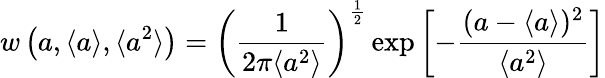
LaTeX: w\left(a,\langle a\rangle,\langle a^{2}\rangle\right)=\left(\frac{1}{2\pi\langle a^{2}\rangle}\right)^{\frac{1}{2}}\exp{\left[-\frac{(a-{\langle a\rangle})^{2}}{\langle a^{2}\rangle}\right]}